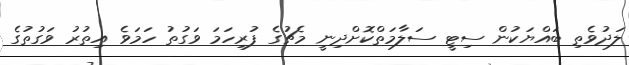
ލަދުވެތި ބައްޔަކުން ސިޓީ ސަލާމަތްކޮށްދިނީ މެޗުގެ ފުރިހަމަ ވަގުތު ހަމަވެ އިތުރު ވަގުތުގެ